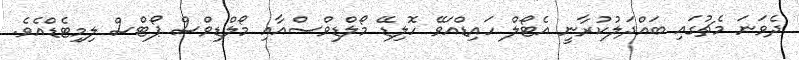
ދެވަނަ މެޗުގައި ބައްދަލުކުރާނީ އެޓޯލް ހައިޑްއަވޭ ހޮލިޑޭ މޯލްޑިވްސްއާއި މޯލްޑިވްސް ޕޯޓްސް ލިމިޓެޑްއެވެ.